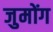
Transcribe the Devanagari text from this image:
जुमोंग